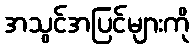
အသွင်အပြင်များကို